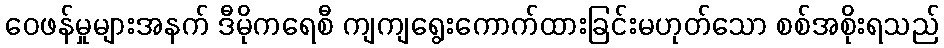
ဝေဖန်မှုများအနက် ဒီမိုကရေစီ ကျကျရွေးကောက်ထားခြင်းမဟုတ်သော စစ်အစိုးရသည်